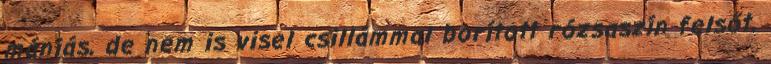
mániás, de nem is visel csillámmal borított rózsaszín felsőt,